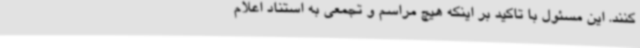
کنند. این مسئول با تاکید بر اینکه هیچ مراسم و تجمعی به استناد اعلام